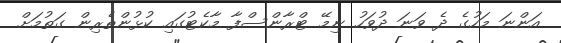
އަންނަ މަހުގެ ދެ ވަނަ ދުވަހު ނިމޭ ޓްރާންސްފާ މާކެޓުގައި ކުޅުންތެރިން ގަތުމަށް